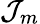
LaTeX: \mathcal{J}_{m}